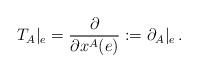
LaTeX: \begin{align*}T_{A}|_{e}=\frac{\partial }{\partial x^{A}(e)}:=\partial_{A}|_{e} \,.\end{align*}